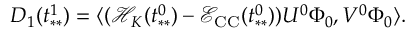
D _ { 1 } ( t _ { * * } ^ { 1 } ) = \langle ( \mathcal { H } _ { K } ( t _ { * * } ^ { 0 } ) - \mathcal { E } _ { \mathrm { C C } } ( t _ { * * } ^ { 0 } ) ) U ^ { 0 } \Phi _ { 0 } , V ^ { 0 } \Phi _ { 0 } \rangle .